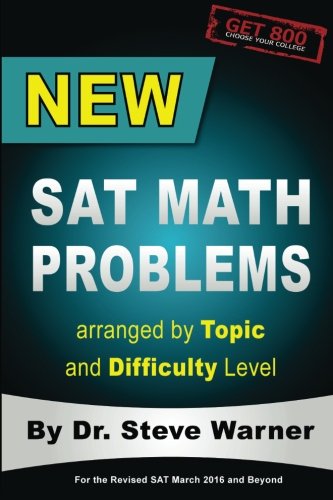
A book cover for New SAT Math Problems arranged by Topic and Difficulty Level: For the Revised SAT March 2016 and Beyond (Get 800: Choose Your College); Steve Warner; Test Preparation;